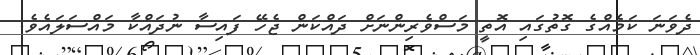
ދެވަނަ ކަމެއްގެ ގޮތުގައި އޮތީ މަސްވެރިންނަށް ދައްކަން ޖެހޭ ފައިސާ ނުދައްކާ މައްސަލައެވެ.